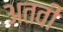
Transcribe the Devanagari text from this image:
अतवी